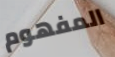
المفهوم